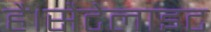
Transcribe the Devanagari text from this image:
है।सैटेलाइट